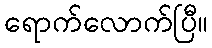
ရောက်လောက်ပြီ။